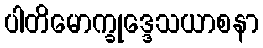
ပါတိမောက္ခုဒ္ဒေသယာစနာ